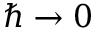
\hbar \to 0